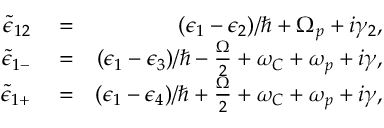
\begin{array} { r l r } { \tilde { \epsilon } _ { 1 2 } } & { { } = } & { ( \epsilon _ { 1 } - \epsilon _ { 2 } ) / \hbar + \Omega _ { p } + i \gamma _ { 2 } , } \\ { \tilde { \epsilon } _ { 1 - } } & { { } = } & { ( \epsilon _ { 1 } - \epsilon _ { 3 } ) / \hbar - \frac { \Omega } { 2 } + \omega _ { C } + \omega _ { p } + i \gamma , } \\ { \tilde { \epsilon } _ { 1 + } } & { { } = } & { ( \epsilon _ { 1 } - \epsilon _ { 4 } ) / \hbar + \frac { \Omega } { 2 } + \omega _ { C } + \omega _ { p } + i \gamma , } \end{array}